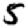
Digit: 5